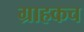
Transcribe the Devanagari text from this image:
ग्राहकच